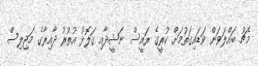
މެޗު ބައްލަވަން ވަޑައިގަތުމަށް ކުރީގެ ރައީސް ނަޝީދާއި ގަލޮޅު އުތުރު ދާއިރާގެ މަޖިލިސް